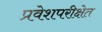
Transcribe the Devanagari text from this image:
प्रवेशपरीक्षेत